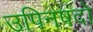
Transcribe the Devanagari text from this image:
उपिनषदो